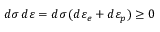
d \sigma \, d \varepsilon = d \sigma \, ( d \varepsilon _ { e } + d \varepsilon _ { p } ) \geq 0